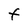
Character: F